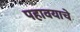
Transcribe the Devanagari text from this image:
पहावयाचे